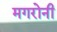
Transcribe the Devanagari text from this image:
मगरोनी